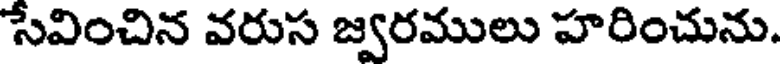
సేవించిన వరుస జ్వరములు హరించును.